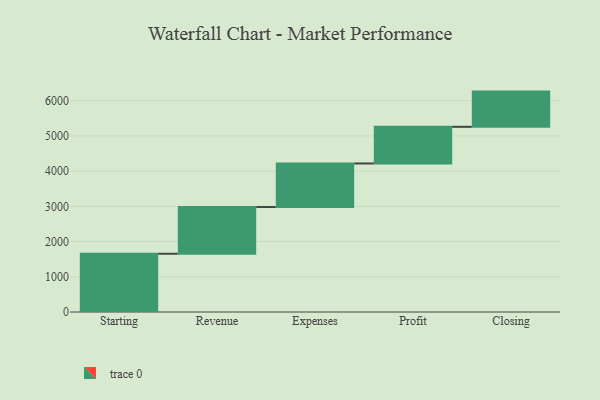
{"axis": {"x": "Step", "y": "Value"}, "legend": [""], "data": [{"x": "Starting", "y": 1654.0, "type": ""}, {"x": "Revenue", "y": 1327.0, "type": ""}, {"x": "Expenses", "y": 1237.0, "type": ""}, {"x": "Profit", "y": 1041.0, "type": ""}, {"x": "Closing", "y": 1000, "type": ""}]}